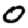
Digit: 0